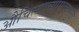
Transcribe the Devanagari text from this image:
औचित्याच्यामुद्द्यामुळे